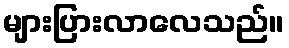
များပြားလာလေသည်။